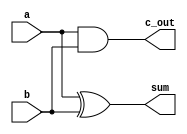
module add_half(c_out, sum, a,b);
// PORT DECLARATION
	output sum, c_out;
	input a,b;

// ALGORITHM
	xor		M1(sum, a, b);
	and		M2( c_out, a, b);
	
endmodule